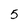
Character: 5